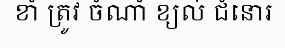
ខាំ ត្រូវ ចំណាំ ខ្យល់ ជំនោរ